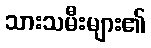
သားသမီးများ၏